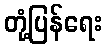
တုံ့ပြန်ရေး